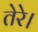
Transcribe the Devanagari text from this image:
तेरे।